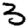
Digit: 3